Vaccination in the Punjab 1867-1880 - 1867-1880
Year: 1867
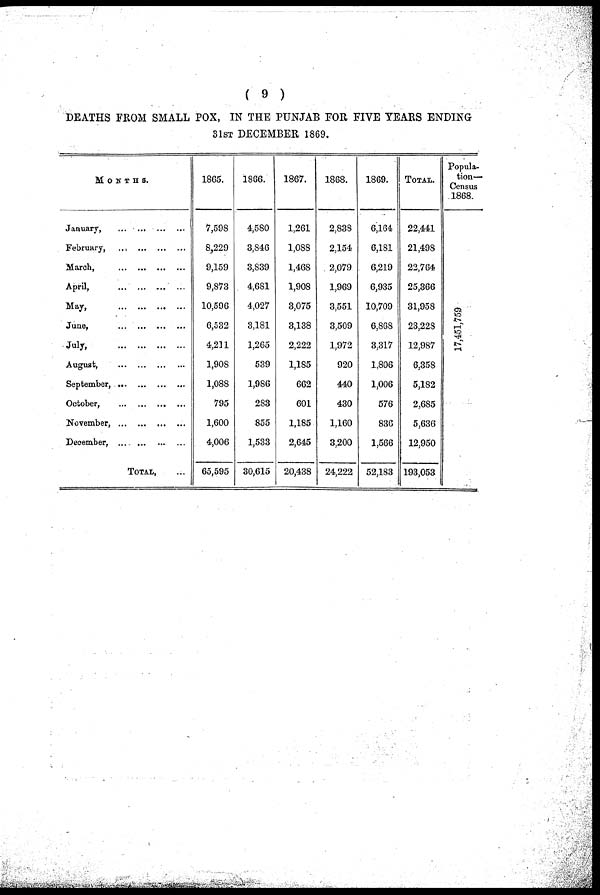
( 9 )
DEATHS FROM SMALL POX, IN THE PUNJAB FOR FIVE YEARS ENDING
31ST DECEMBER 1869.
MONTHS.
January, ... ...
...
...
February, ...
...
...
...
March,
... ... ... ...
April,
...
...
...
...
May,
...
...
...
...
June, ... ... ... ...
July, ... ... ... ...
August,
...
...
...
...
September, ... ... ... ...
October,
...
...
...
...
November,
... ... ... ...
December, ... ... ... ...
TOTAL, ...
1865.
7,598
8,229
9,159
9,873
10,596
6,532
4,211
1,908
1,088
795
1,600
4,006
65,595
1866.
4,580
3,846
3,839
4,681
4,027
3,181
1,265
539
1,986
283
855
1,533
30,615
1867.
1,261
1,088
1,468
1,908
3,075
3,138
2,222
1,185
662
601
1,185
2,645
20,438
1868.
2,838
2,154
2,079
1,969
3,551
3,509
1,972
920
440
430
1,160
3,200
24,222
1869.
6,164
6,181
6,219
6,935
10,709
6,868
3,317
1,806
1,006
576
836
1,566
52,183
TOTAL.
22,441
21,498
22,764
25,366
31,958
23,228
12,987
6,358
5,182
2,685
5,636
12,950
193,053
Popula-
tion—
Census
1868.
17,451,759